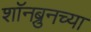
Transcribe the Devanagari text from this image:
शॉनब्रुनच्या